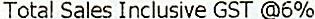
TOTAL SALES INCLUSIVE GST @6%